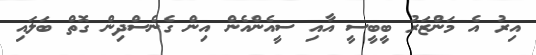
އިރު އެ މަންޒަރު ބީބީސީ އާއި ސީއެންއެން އިން ގެނެސްދިން ގޮތް ބަލައި